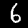
Digit: 6